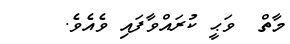
މާތް  ވަޙީ ކުރައްވާފައި ވެއެވެ.